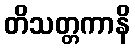
တိသတ္တကာနိ